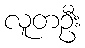
လူတဦး